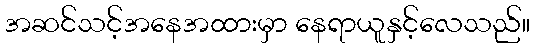
အဆင်သင့်အနေအထားမှာ နေရာယူနှင့်လေသည်။